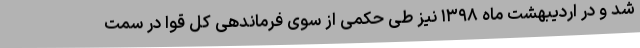
شد و در اردیبهشت ماه ۱۳۹۸ نیز طی حکمی از سوی فرماندهی کل قوا در سمت